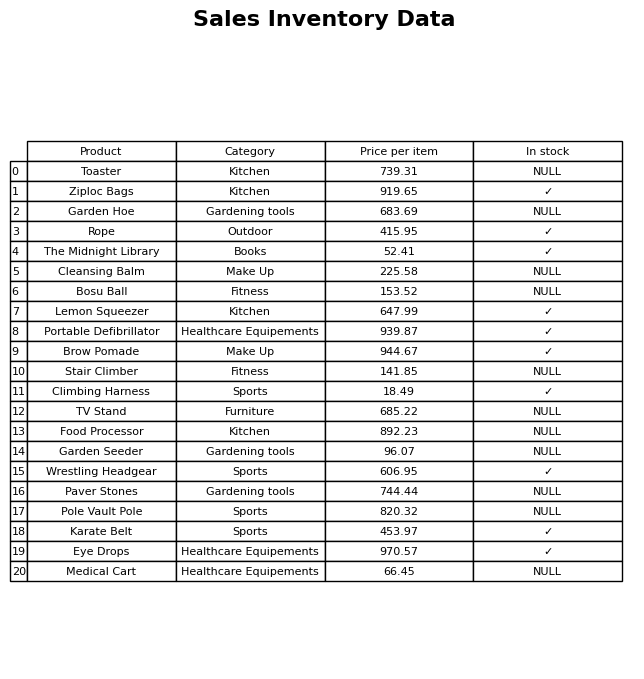
question: What is the price of the Pole Vault Pole?
answer: The price of Pole Vault Pole is 820.32.